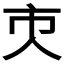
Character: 𠆴